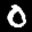
Label: 0